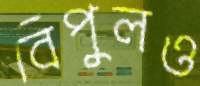
বিপুলও